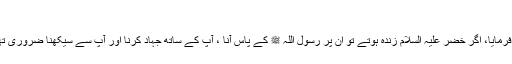
‘‘
شیخ الاسلام ابن تیمیہ سے یہی سوال کیا گیا تو آپ نے فرمایا، اگر خضر علیہ السلام زندہ ہوتے تو ان پر رسول اللہ ﷺ کے پاس آنا ، آپ کے ساتھ جہاد کرنا اور آپ سے سیکھنا ضروری تھا، حالانکہ رسول اللہ ﷺ نے بدر کے دن فرمایا: اے اللہ!